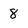
Character: 8